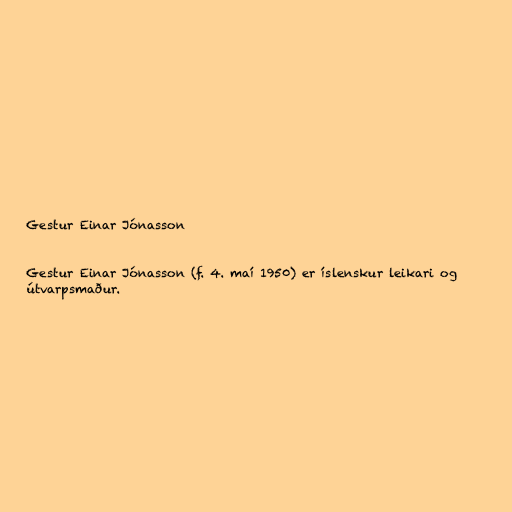
Gestur Einar Jónasson

Gestur Einar Jónasson (f. 4. maí 1950) er íslenskur leikari og
útvarpsmaður.